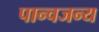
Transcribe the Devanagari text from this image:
पान्चजन्य